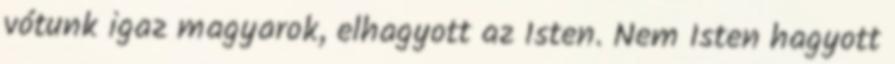
vótunk igaz magyarok, elhagyott az Isten. Nem Isten hagyott